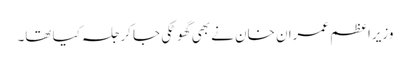
وزیراعظم عمران خان نے بھی گھوٹکی جا کر جلسہ کیا تھا۔